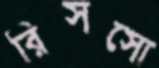
রিসসো